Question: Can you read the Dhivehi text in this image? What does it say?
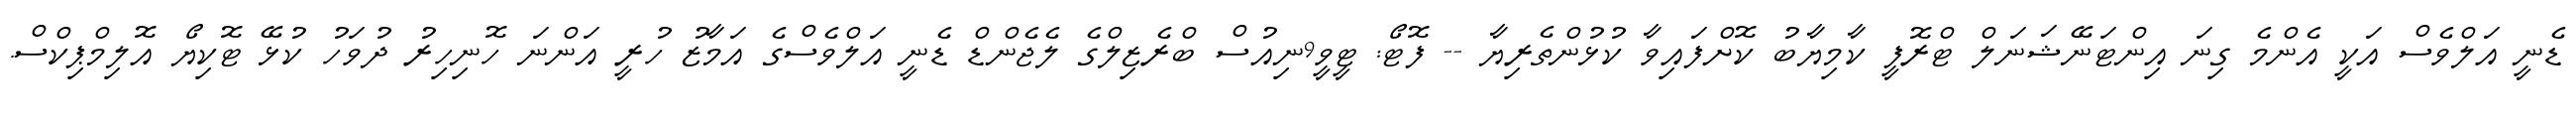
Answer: ޑެނީ އަލްވެސް އަކީ އެންމެ ގިނަ އިންޓަނޭޝަނަލް ޓްރޮފީ ކާމިޔާބު ކޮށްފައިވާ ކުޅުންތެރިޔާ -- ފޮޓޯ: ޓީވީ9ނިއުސް ބްރެޒިލްގެ ލެޖެންޑް ޑެނީ އަލްވެސްގެ އަމާޒު ހުރީ އަންނަ ހޮނިހިރު ދުވަހު ކުޅޭ ޓޮކިޔޯ އޮލިމްޕިކްސް.